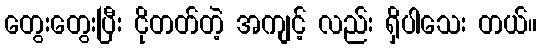
တွေးတွေးပြီး ငိုတတ်တဲ့ အကျင့် လည်း ရှိပါသေး တယ်။